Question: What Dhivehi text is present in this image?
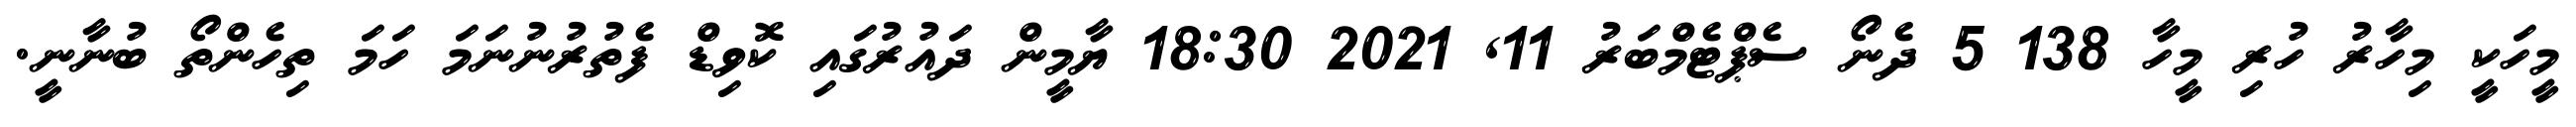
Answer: މީހަކީ މިހާރު ހުރި މީހާ 138 5 ދެނޯ ސެޕްޓެމްބަރު 11, 2021 18:30 ޔާމީން ދައުރުގައި ކޮވިޑް ފެތުރުނުނަމަ ހަމަ ތިހެންތޯ ބުނާނީ.